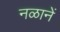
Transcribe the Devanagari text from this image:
नळानें